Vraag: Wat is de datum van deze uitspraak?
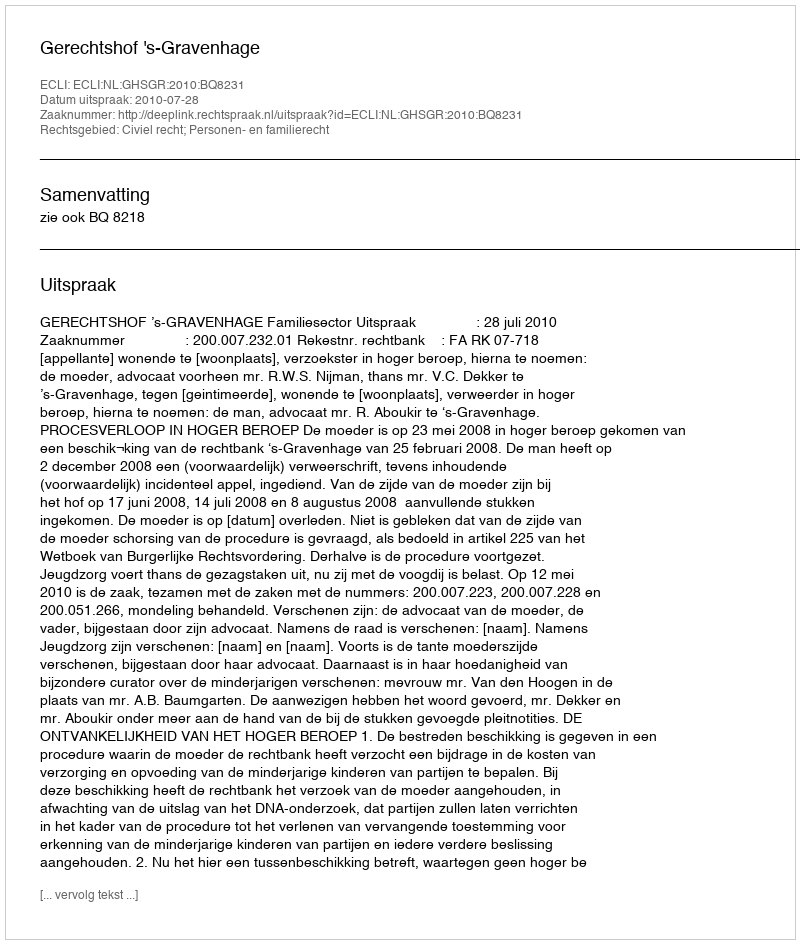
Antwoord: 2010-07-28